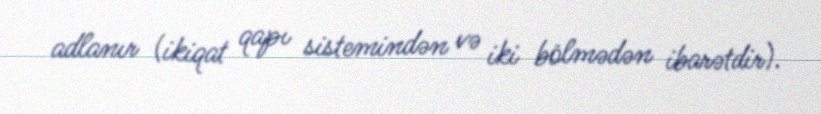
adlanır (ikiqat qapı sistemindən və iki bölmədən ibarətdir).